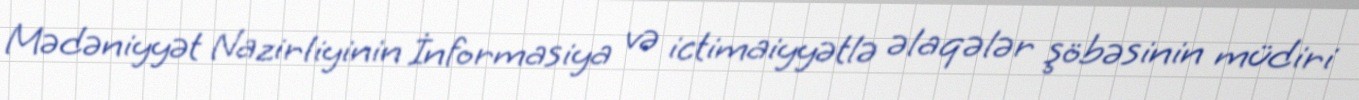
Mədəniyyət Nazirliyinin İnformasiya və ictimaiyyətlə əlaqələr şöbəsinin müdiri